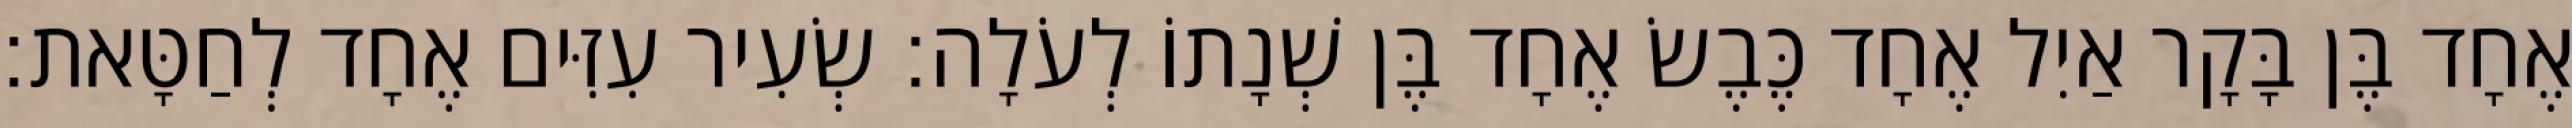
אֶחָד בֶּן בָּקָר אַיִל אֶחָד כֶּבֶשׂ אֶחָד בֶּן שְׁנָתוֹ לְעֹלָה׃ שְׂעִיר עִזִּים אֶחָד לְחַטָּאת׃